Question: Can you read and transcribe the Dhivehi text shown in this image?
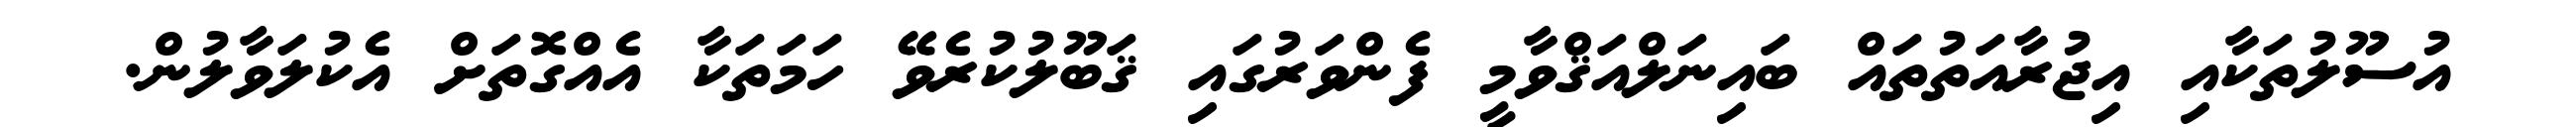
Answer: އުސޫލުތަކާއި އިޖުރާއަތުތައް ބައިނަލްއަޤްވާމީ ފެންވަރުގައި ޤަބޫލުކުރެވޭ ހަމަތަކާ އެއްގޮތަށް އެކުލަވާލުން.